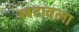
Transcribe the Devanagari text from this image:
खटावला